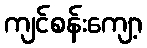
ကျင်စန်းကျော့